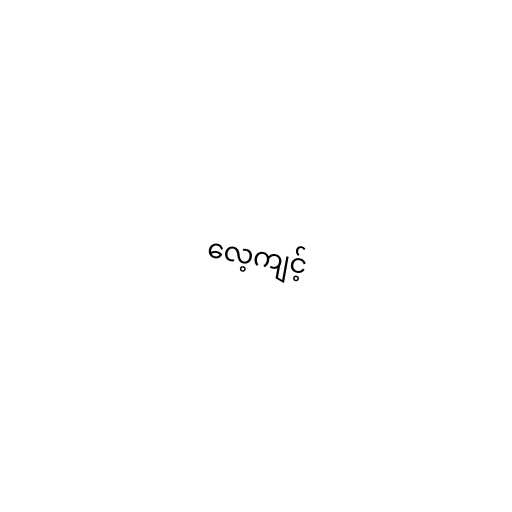
လေ့ကျင့်